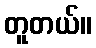
တူတယ်။